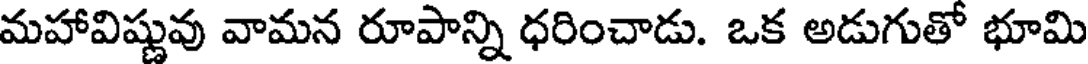
మహావిష్ణువు వామన రూపాన్ని ధరించాడు. ఒక అడుగుతో భూమి